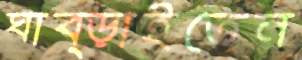
ঘাব্‌ড়াইতেন